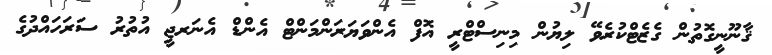
ޤާނޫނީގޮތުން ގެޒެޓްކުރެވޭ ލިޔުން މިނިސްޓްރީ އޮފް އެންވަޔަރަންމަންޓް އެންޑް އެނަރޖީ އުތުރު ސަރަހައްދުގެ